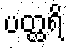
ပတ္ထရိ